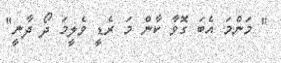
" މަންމަ އެބަ ގޮވާ ކާން މަ ރެޑީ ވެލީމަ ދޯ ދާނީ"